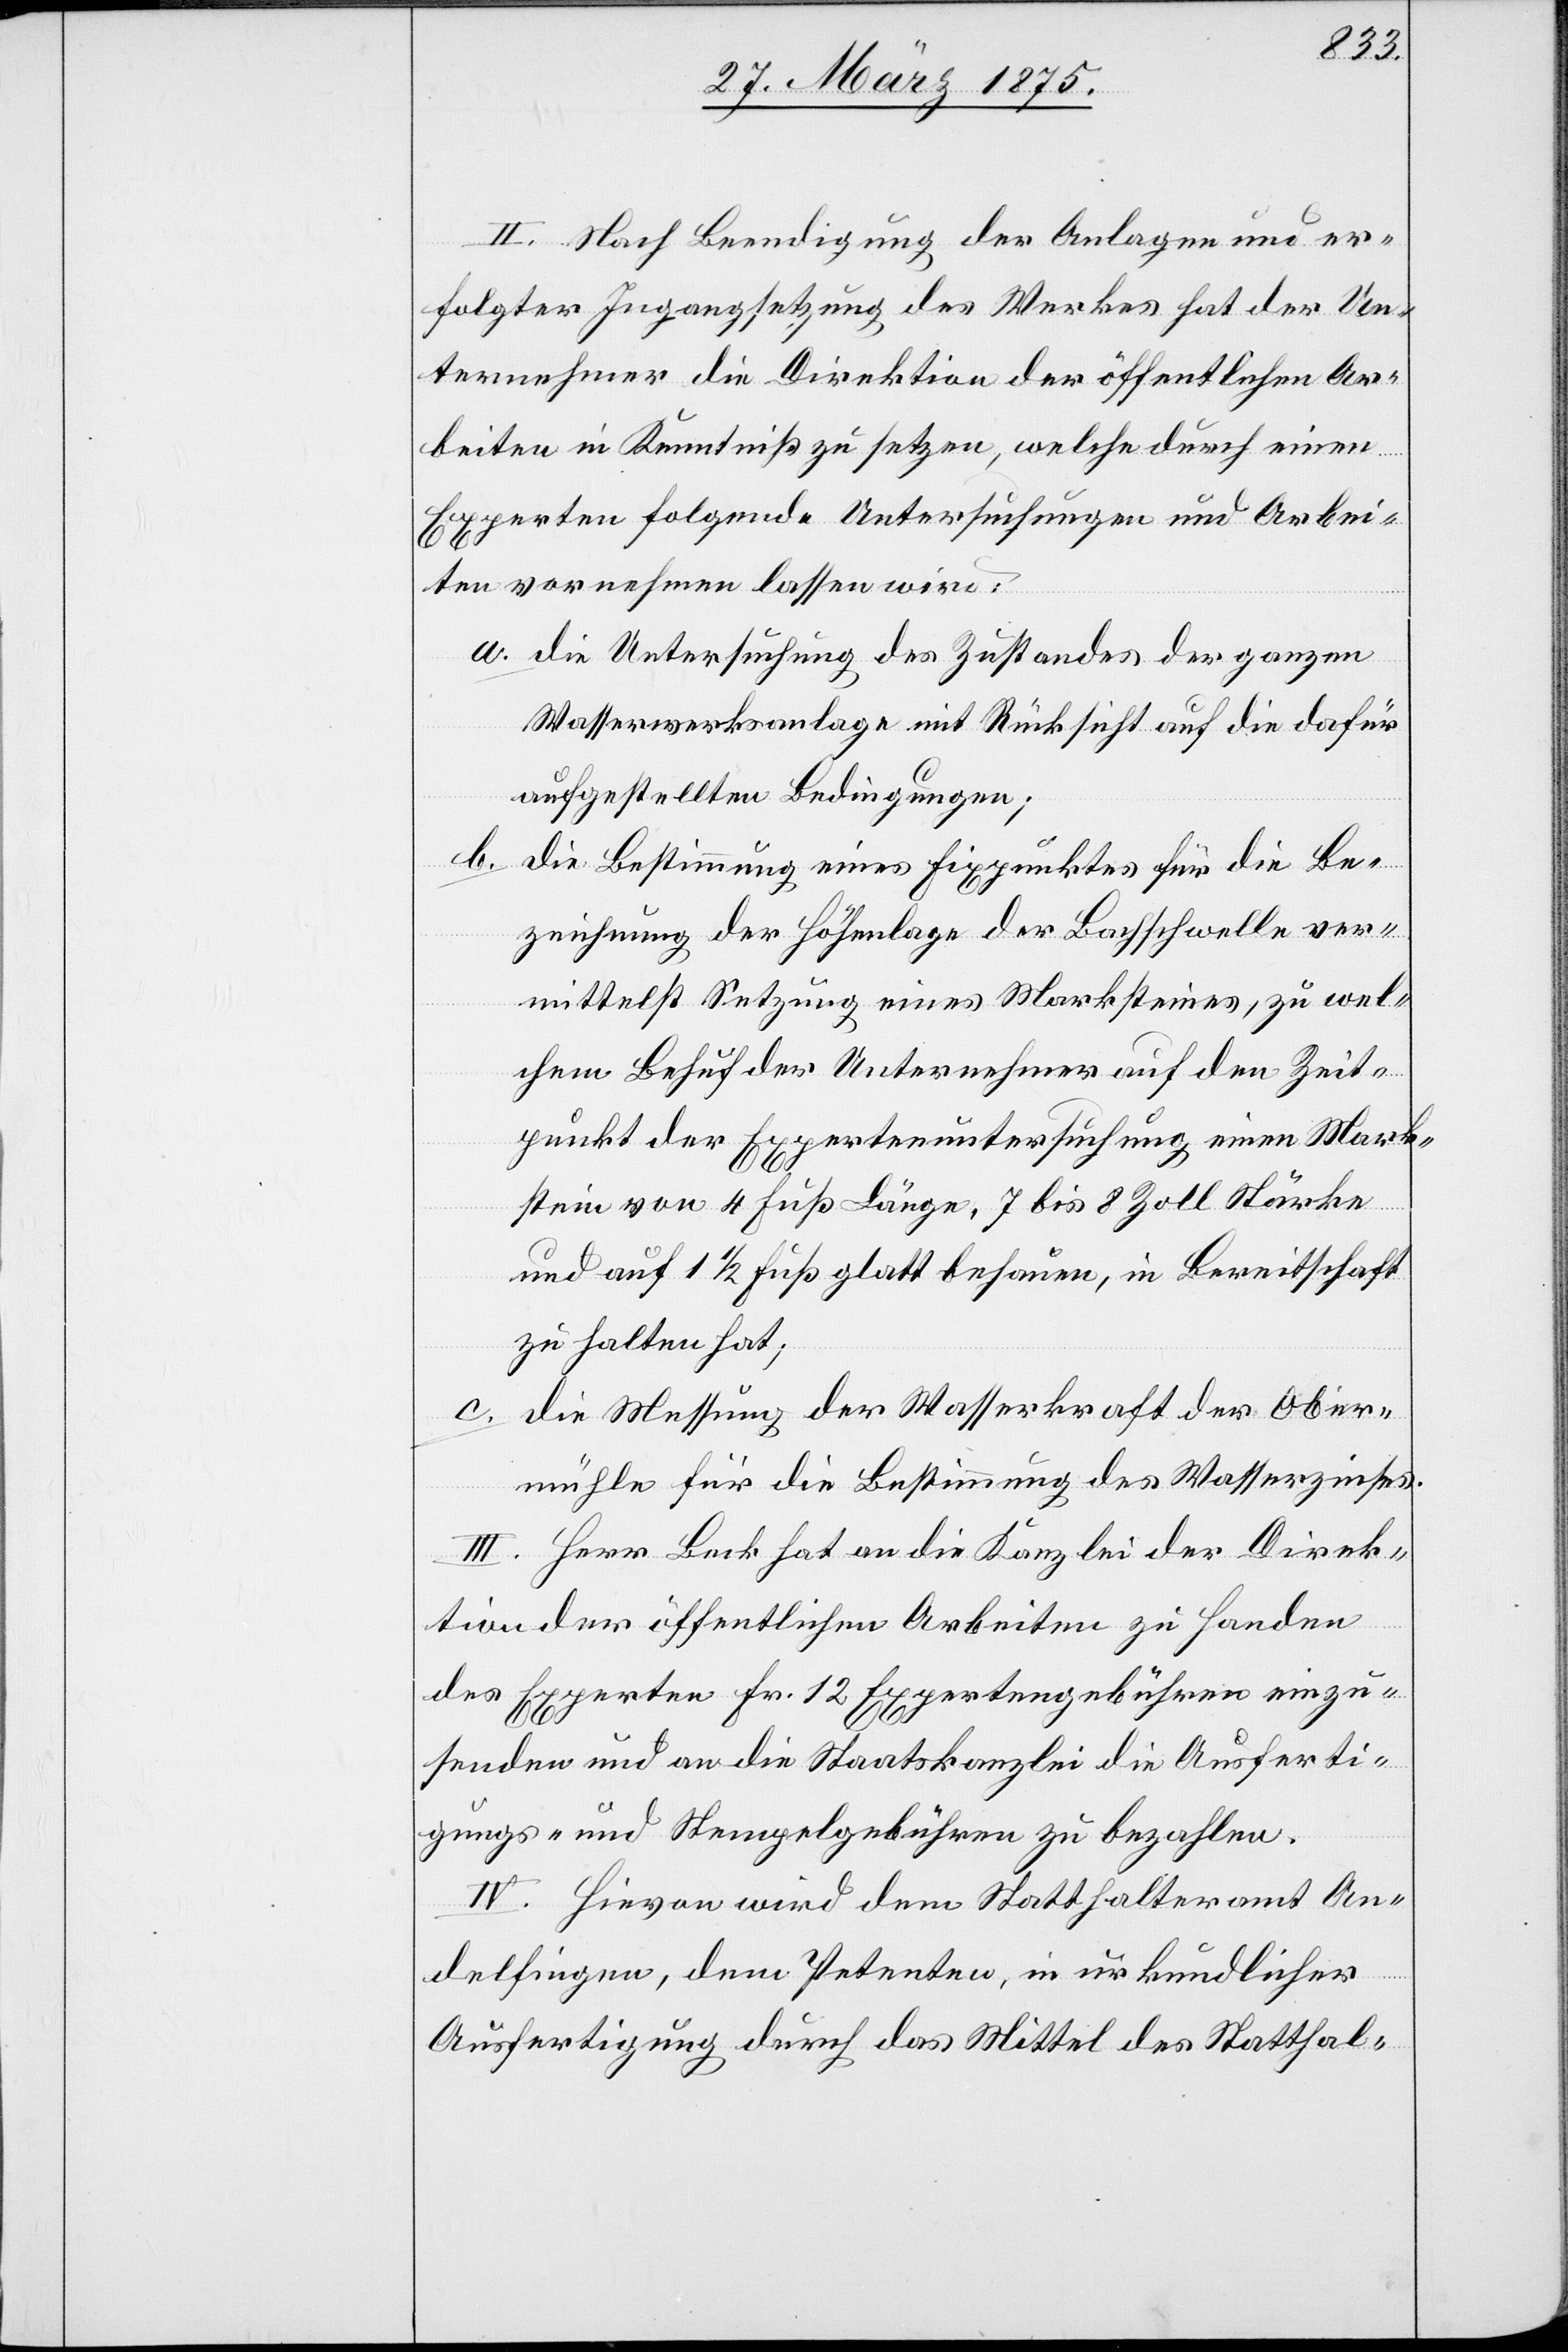
II. Nach Bedingung der Anlagen und er¬
folgter Ingangsetzung des Werkes hat der Un¬
ternehmer die Direktion der öffentlichen Ar¬
beiten in Kenntniß zu setzen, welche durch einen
Experten folgende Untersuchungen und Arbei¬
ten vornehmen lassen wird.
a. die Untersuchung des Zustandes der ganzen
Wasserwerksanlage mit Rücksicht auf die dafür
aufgestellten Bedingungen;
b.
die Bestimmung eines Fixpunktes für die Be¬
zeichnung der Höhenlage der Bachschwelle ver¬
mittelst Setzung eines Marksteines, zu wel¬
chem Behuf der Unternehmer auf den Zeit¬
punkt der Expertenuntersuchung einen Mark¬
stein von 4 Fuß Länge, 7 bis 8 Zoll Stärke
und auf 1½ Fuß glatt behauen, in Bereitschaft
zu halten hat,
c. die Messung der Wasserkraft der Ober¬
mühle für die Bestimmung des Wasserzinses.
III. Herr Beck hat an die Kanzlei der Direk¬
tion der öffentlichen Arbeiten zu Handen
der Experten Fr. 12 Expertengebühren einzu¬
senden und an die Staatskanzlei die Ausferti¬
gungs- und Stempelgebühren zu bezahlen.
IV. Hievon wird dem Statthalteramt An¬
delfingen, dem Petenten, in urkundlicher
Ausfertigung durch das Mittel des Statthal-